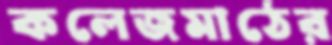
কলেজমাঠের